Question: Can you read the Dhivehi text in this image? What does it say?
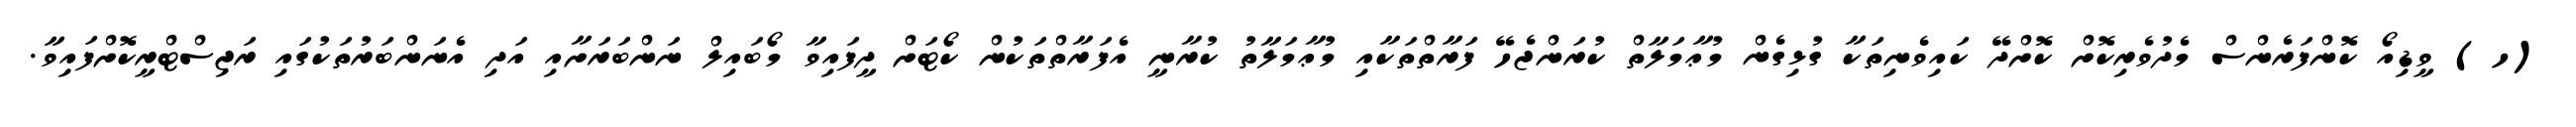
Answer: (ހ) ވީޑިއޯ ކޮންފަރެންސް މެދުވެރިކޮށް ކޮށްދޭ ކައިވެނިތަކާ ގުޅިގެން މުޢާމަލާތް ކުރަންޖެހޭ ފަރާތްތަކާއި މުޢާމަލާތު ކުރާނީ އެފަރާތްތަކުން ކޯޓަށް ދީފައިވާ މޯބައިލް ނަންބަރަށާއި އަދި އެނަންބަރުތަކުގައި ރަޖިސްޓްރީކޮށްފައިވާ.